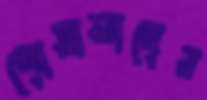
গোয়ালাদের